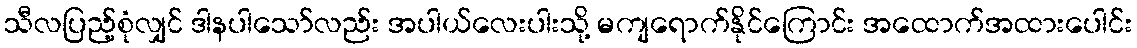
သီလပြည့်စုံလျှင် ဒါနပါသော်လည်း အပါယ်လေးပါးသို့ မကျရောက်နိုင်ကြောင်း အထောက်အထားပေါင်း